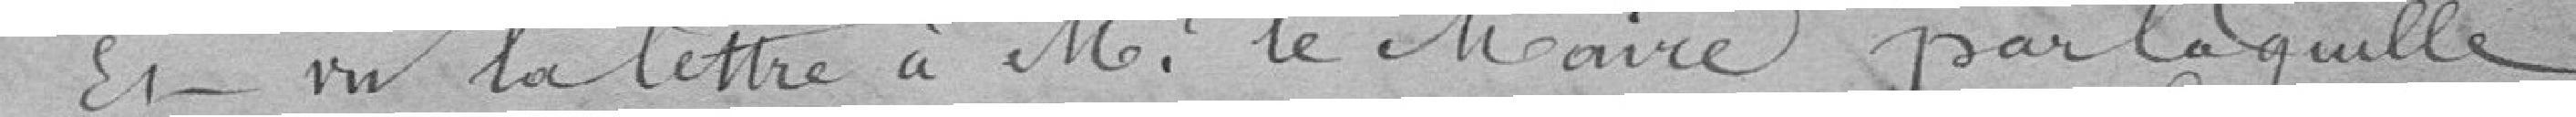
Er- vu la lettre à Me le chance par laquelle